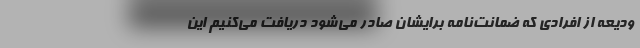
ودیعه از افرادی که ضمانت‌نامه برایشان صادر می‌شود دریافت می‌کنیم این